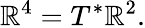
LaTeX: \mathbb{R}^{4}=T^{*}\mathbb{R}^{2}.